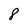
Character: 8